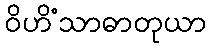
ဝိဟိံသာဓာတုယာ